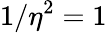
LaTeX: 1/\eta^{2}=1